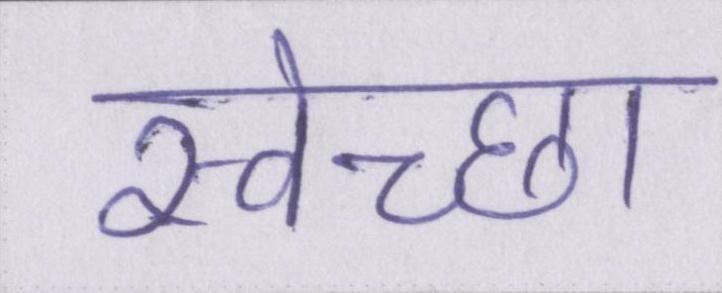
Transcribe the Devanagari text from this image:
स्वेच्छा